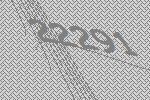
22291